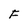
Character: F